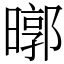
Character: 㬑